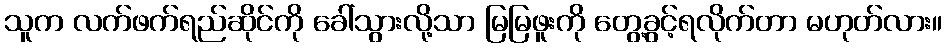
သူက လက်ဖက်ရည်ဆိုင်ကို ခေါ်သွားလို့သာ မြမြဖူးကို တွေ့ခွင့်ရလိုက်တာ မဟုတ်လား။